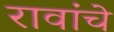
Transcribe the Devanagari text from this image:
रावांचे